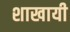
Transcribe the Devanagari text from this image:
शाखायी